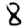
Digit: 8